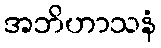
အဘိဟာသနံ